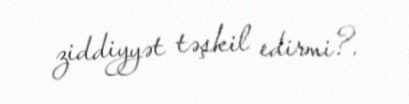
ziddiyyət təşkil edirmi?.